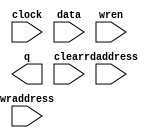
module rw_manager_di_buffer (
	clock,
	data,
	rdaddress,
	wraddress,
	wren,
	q,
	clear);

	parameter DATA_WIDTH = 32;
	parameter ADDR_WIDTH = 4;
	parameter NUM_WORDS = 16;

	input	  clock;
	input	[DATA_WIDTH-1:0]  data;
	input	[ADDR_WIDTH-1:0]  rdaddress;
	input	[ADDR_WIDTH-1:0]  wraddress;
	input	  wren;
	output	[DATA_WIDTH-1:0]  q;
	input clear;
`ifndef ALTERA_RESERVED_QIS
// synopsys translate_off
`endif
	tri1	  clock;
	tri0	  wren;
`ifndef ALTERA_RESERVED_QIS
// synopsys translate_on
`endif

// synthesis translate_off

	reg	[DATA_WIDTH-1:0]  q;
	reg [DATA_WIDTH-1:0] mem [0:NUM_WORDS-1];
	integer i;
/*
	integer j;
    always @(posedge clock or posedge clear) begin
        if (clear) begin
			for (i = 0; i < NUM_WORDS; i = i + 1) begin
				for (j = 0; j < DATA_WIDTH/32; j = j+ 1) begin
					mem[i][32*j+:32] <= i*(DATA_WIDTH/32) + j;
				end
			end
		end
		else begin
			q <= mem[rdaddress];
		end
	end
*/

    always @(posedge clock or posedge clear) begin
        if (clear) begin
			for (i = 0; i < NUM_WORDS; i = i + 1) begin
				mem[i] <= 0;
			end
		end
		else begin
			if (wren)
				mem[wraddress] <= data;
			q <= mem[rdaddress];
		end
	end

// synthesis translate_on

// synthesis read_comments_as_HDL on
// 	wire [DATA_WIDTH-1:0] sub_wire0;
// 	wire [DATA_WIDTH-1:0] q = sub_wire0[DATA_WIDTH-1:0];
// 	
// 	altsyncram	altsyncram_component (
// 				.address_a (wraddress),
// 				.clock0 (clock),
// 				.data_a (data),
// 				.wren_a (wren),
// 				.address_b (rdaddress),
// 				.q_b (sub_wire0),
// 				.aclr0 (1'b0),
// 				.aclr1 (1'b0),
// 				.addressstall_a (1'b0),
// 				.addressstall_b (1'b0),
// 				.byteena_a (1'b1),
// 				.byteena_b (1'b1),
// 				.clock1 (1'b1),
// 				.clocken0 (1'b1),
// 				.clocken1 (1'b1),
// 				.clocken2 (1'b1),
// 				.clocken3 (1'b1),
// 				.data_b ({DATA_WIDTH{1'b1}}),
// 				.eccstatus (),
// 				.q_a (),
// 				.rden_a (1'b1),
// 				.rden_b ((rdaddress < NUM_WORDS) ? 1'b1 : 1'b0),
// 				.wren_b (1'b0));
// 	defparam
// 		altsyncram_component.address_aclr_b = "NONE",
// 		altsyncram_component.address_reg_b = "CLOCK0",
// 		altsyncram_component.clock_enable_input_a = "BYPASS",
// 		altsyncram_component.clock_enable_input_b = "BYPASS",
// 		altsyncram_component.clock_enable_output_b = "BYPASS",
// 		altsyncram_component.intended_device_family = "Stratix III",
// 		altsyncram_component.lpm_type = "altsyncram",
// 		altsyncram_component.numwords_a = NUM_WORDS,
// 		altsyncram_component.numwords_b = NUM_WORDS,
// 		altsyncram_component.operation_mode = "DUAL_PORT",
// 		altsyncram_component.outdata_aclr_b = "NONE",
// 		altsyncram_component.outdata_reg_b = "UNREGISTERED",
// 		altsyncram_component.power_up_uninitialized = "FALSE",
// 		altsyncram_component.ram_block_type = "MLAB",
// 		altsyncram_component.widthad_a = ADDR_WIDTH,
// 		altsyncram_component.widthad_b = ADDR_WIDTH,
// 		altsyncram_component.width_a = DATA_WIDTH,
// 		altsyncram_component.width_b = DATA_WIDTH,
// 		altsyncram_component.width_byteena_a = 1;
// synthesis read_comments_as_HDL off


endmodule